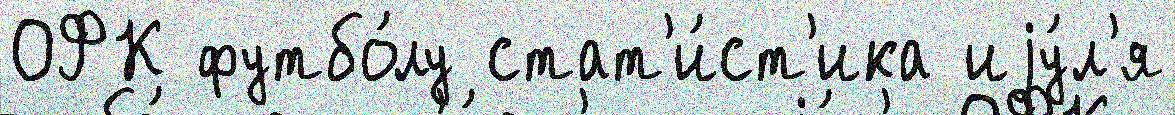
ОФК футбо́лу стат'и́ст'ика иjу́л'я